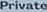
Private